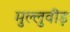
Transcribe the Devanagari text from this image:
मुल्लुवीड़